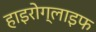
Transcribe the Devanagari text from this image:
हाइरोग्लाइफ